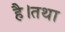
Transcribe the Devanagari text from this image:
है।तथा